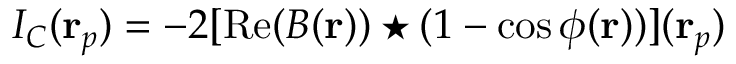
I _ { C } ( \mathbf { r } _ { p } ) = - 2 [ \mathrm { R e } ( B ( \mathbf { r } ) ) \star ( 1 - \cos \phi ( \mathbf { r } ) ) ] ( \mathbf { r } _ { p } )